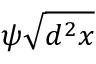
\psi \sqrt { d ^ { 2 } x }